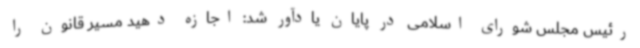
رئیس مجلس شورای اسلامی در پایان یادآور شد: اجازه دهید مسیر قانون را